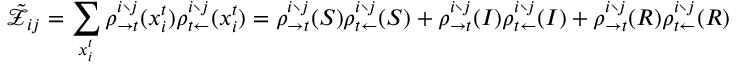
\tilde { \mathcal { Z } } _ { i j } = \sum _ { x _ { i } ^ { t } } \rho _ { \rightarrow t } ^ { i \setminus j } ( x _ { i } ^ { t } ) \rho _ { t \leftarrow } ^ { i \setminus j } ( x _ { i } ^ { t } ) = \rho _ { \rightarrow t } ^ { i \setminus j } ( S ) \rho _ { t \leftarrow } ^ { i \setminus j } ( S ) + \rho _ { \rightarrow t } ^ { i \setminus j } ( I ) \rho _ { t \leftarrow } ^ { i \setminus j } ( I ) + \rho _ { \rightarrow t } ^ { i \setminus j } ( R ) \rho _ { t \leftarrow } ^ { i \setminus j } ( R )